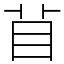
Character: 𥄕